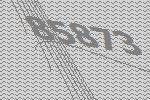
85873